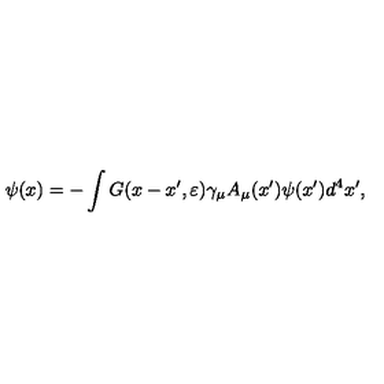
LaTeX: \psi ( x ) = - \int G ( x - x ^ { \prime } , \varepsilon ) \gamma _ { \mu } A _ { \mu } ( x ^ { \prime } ) \psi ( x ^ { \prime } ) d ^ { 4 } x ^ { \prime } ,